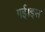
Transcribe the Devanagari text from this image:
गई।इस